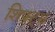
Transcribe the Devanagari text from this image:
शिफ्ट्स